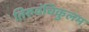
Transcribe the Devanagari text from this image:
तिरुवंचिकुलम